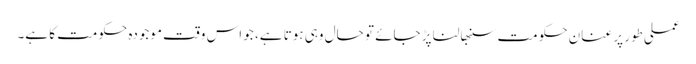
عملی طور پر عنان حکومت سنبھالنا پڑ جائے تو حال وہی ہوتا ہے، جو اس وقت موجودہ حکومت کا ہے۔